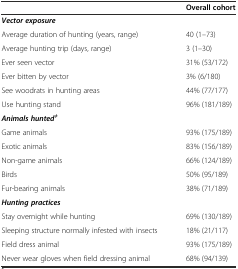
<table><thead><tr><td></td><td><b>Overall cohort</b></td></tr></thead><tbody><tr><td><b><i>Vector exposure</i></b></td><td></td></tr><tr><td>Average duration of hunting (years, range)</td><td>40 (1–73)</td></tr><tr><td>Average hunting trip (days, range)</td><td>3 (1–30)</td></tr><tr><td>Ever seen vector</td><td>31% (53/172)</td></tr><tr><td>Ever bitten by vector</td><td>3% (6/180)</td></tr><tr><td>See woodrats in hunting areas</td><td>44% (77/177)</td></tr><tr><td>Use hunting stand</td><td>96% (181/189)</td></tr><tr><td><b><i>Animals hunted</i></b><sup><b><i>ǂ</i></b></sup></td><td></td></tr><tr><td>Game animals</td><td>93% (175/189)</td></tr><tr><td>Exotic animals</td><td>83% (156/189)</td></tr><tr><td>Non-game animals</td><td>66% (124/189)</td></tr><tr><td>Birds</td><td>50% (95/189)</td></tr><tr><td>Fur-bearing animals</td><td>38% (71/189)</td></tr><tr><td><b><i>Hunting practices</i></b></td><td></td></tr><tr><td>Stay overnight while hunting</td><td>69% (130/189)</td></tr><tr><td>Sleeping structure normally infested with insects</td><td>18% (21/117)</td></tr><tr><td>Field dress animal</td><td>93% (175/189)</td></tr><tr><td>Never wear gloves when field dressing animal</td><td>68% (94/139)</td></tr></tbody></table>